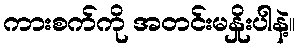
ကားစက်ကို အတင်းမနှိုးပါနဲ့။